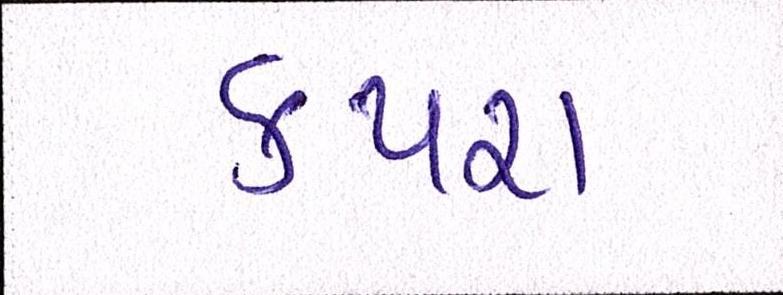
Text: કપરા